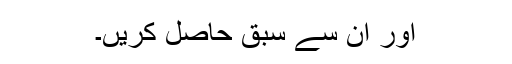
اور ان سے سبق حاصل کریں۔